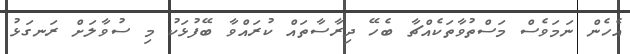
އެހެން ނަމަވެސް މަސްތުވާތަކެއްޗާ ބެހޭ ދިރާސާތައް ކުރައްވާ ބޭފުޅަކު މި ސުވާލަށް ރަނގަޅު